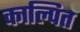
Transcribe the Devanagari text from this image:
काल्पित